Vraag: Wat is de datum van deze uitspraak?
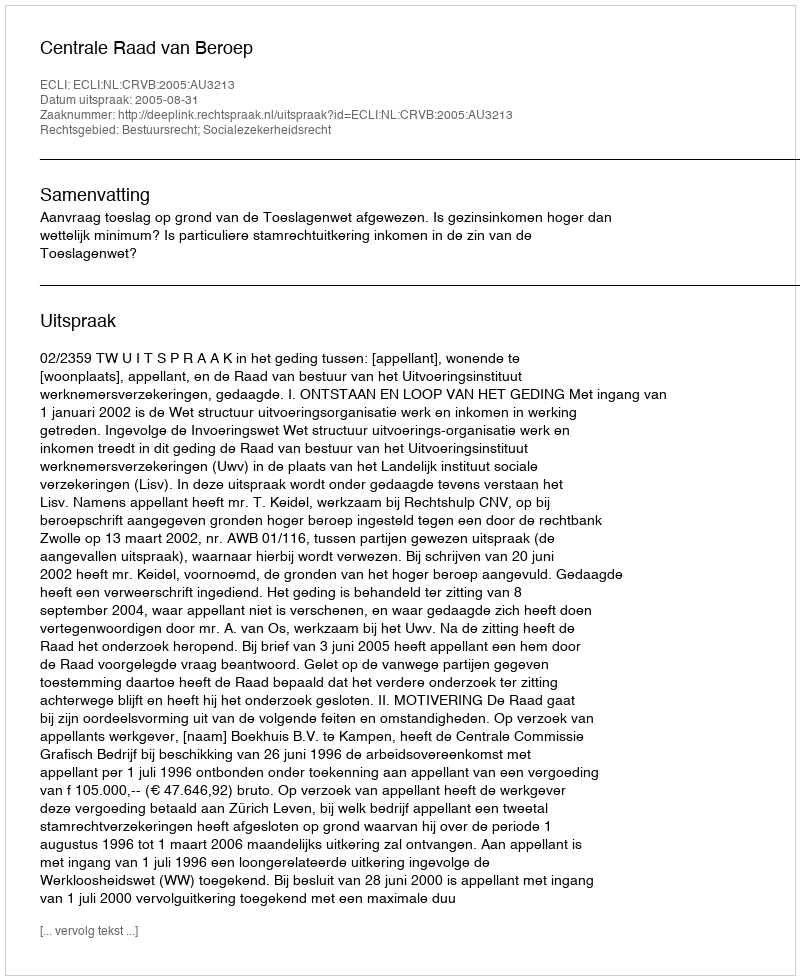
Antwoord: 2005-08-31